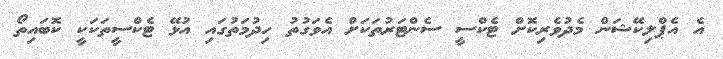
އެ އެޕްލިކޭޝަން މެދުވެރިކޮށް ޓެކްސީ ސެންޓަރުތަކަށް އެވަގުތު ހިދުމަތުގައި އުޅޭ ޓެކްސީތަކަކީ ކޮބައިތޯ